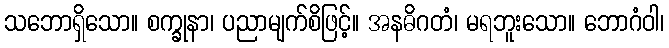
သဘောရှိသော။ စက္ခုနာ၊ ပညာမျက်စိဖြင့်။ အနဓိဂတံ၊ မရဘူးသော။ ဘောဂံဝါ၊